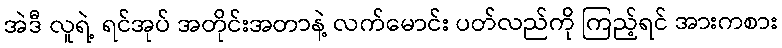
အဲဒီ လူရဲ့ ရင်အုပ် အတိုင်းအတာနဲ့ လက်မောင်း ပတ်လည်ကို ကြည့်ရင် အားကစား